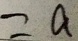
= a